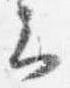
云